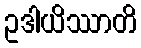
ဥဒါယိဿာတိ